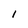
Character: l